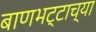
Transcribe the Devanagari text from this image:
बाणभट्टाच्या